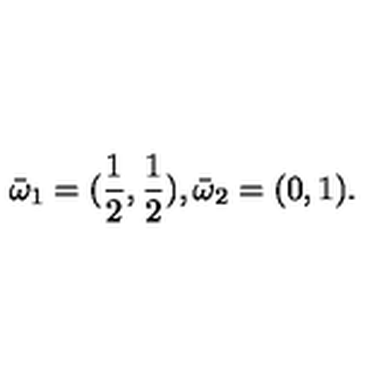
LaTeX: { \bar { \omega } } _ { 1 } = ( \frac 1 { 2 } , \frac 1 { 2 } ) , { \bar { \omega } } _ { 2 } = ( 0 , 1 ) .